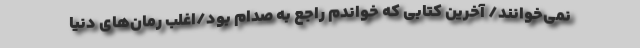
نمی‌خوانند/ آخرین کتابی که خواندم راجع به صدام بود/اغلب رمان‌های دنیا